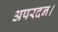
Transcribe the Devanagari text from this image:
अपरदन।